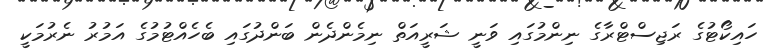
ހައިކޯޓުގެ ރަޖިސްޓްރާގެ ނިންމުގައި ވަނީ ޝަރީއަތް ނިމެންދެން ބަންދުގައި ބެހެއްޓުމުގެ އަމުރު ނެރުމަކީ